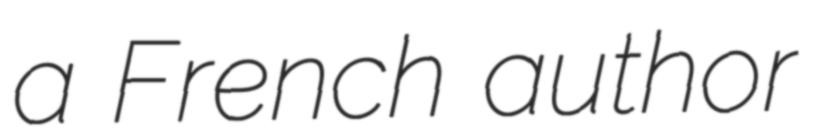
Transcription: a French author